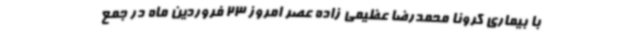
با بیماری کرونا محمدرضا عظیمی زاده عصر امروز 23 فروردین ماه در جمع